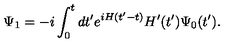
\Psi _ { 1 } = - i \int _ { 0 } ^ { t } d t ^ { \prime } e ^ { i H ( t ^ { \prime } - t ) } H ^ { \prime } ( t ^ { \prime } ) \Psi _ { 0 } ( t ^ { \prime } ) .